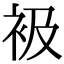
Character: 衱